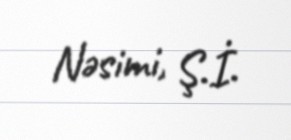
Nəsimi, Ş.İ.